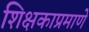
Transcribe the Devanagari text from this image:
शिक्षकाप्रमाणे